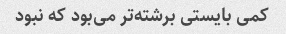
کمی بایستی برشته‌تر می‌بود که نبود